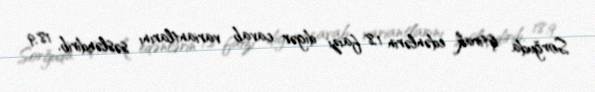
Sorğuda iştirak edənlərin 1,8 faizi digər cavab variantlarını səsləndirib, 18,9